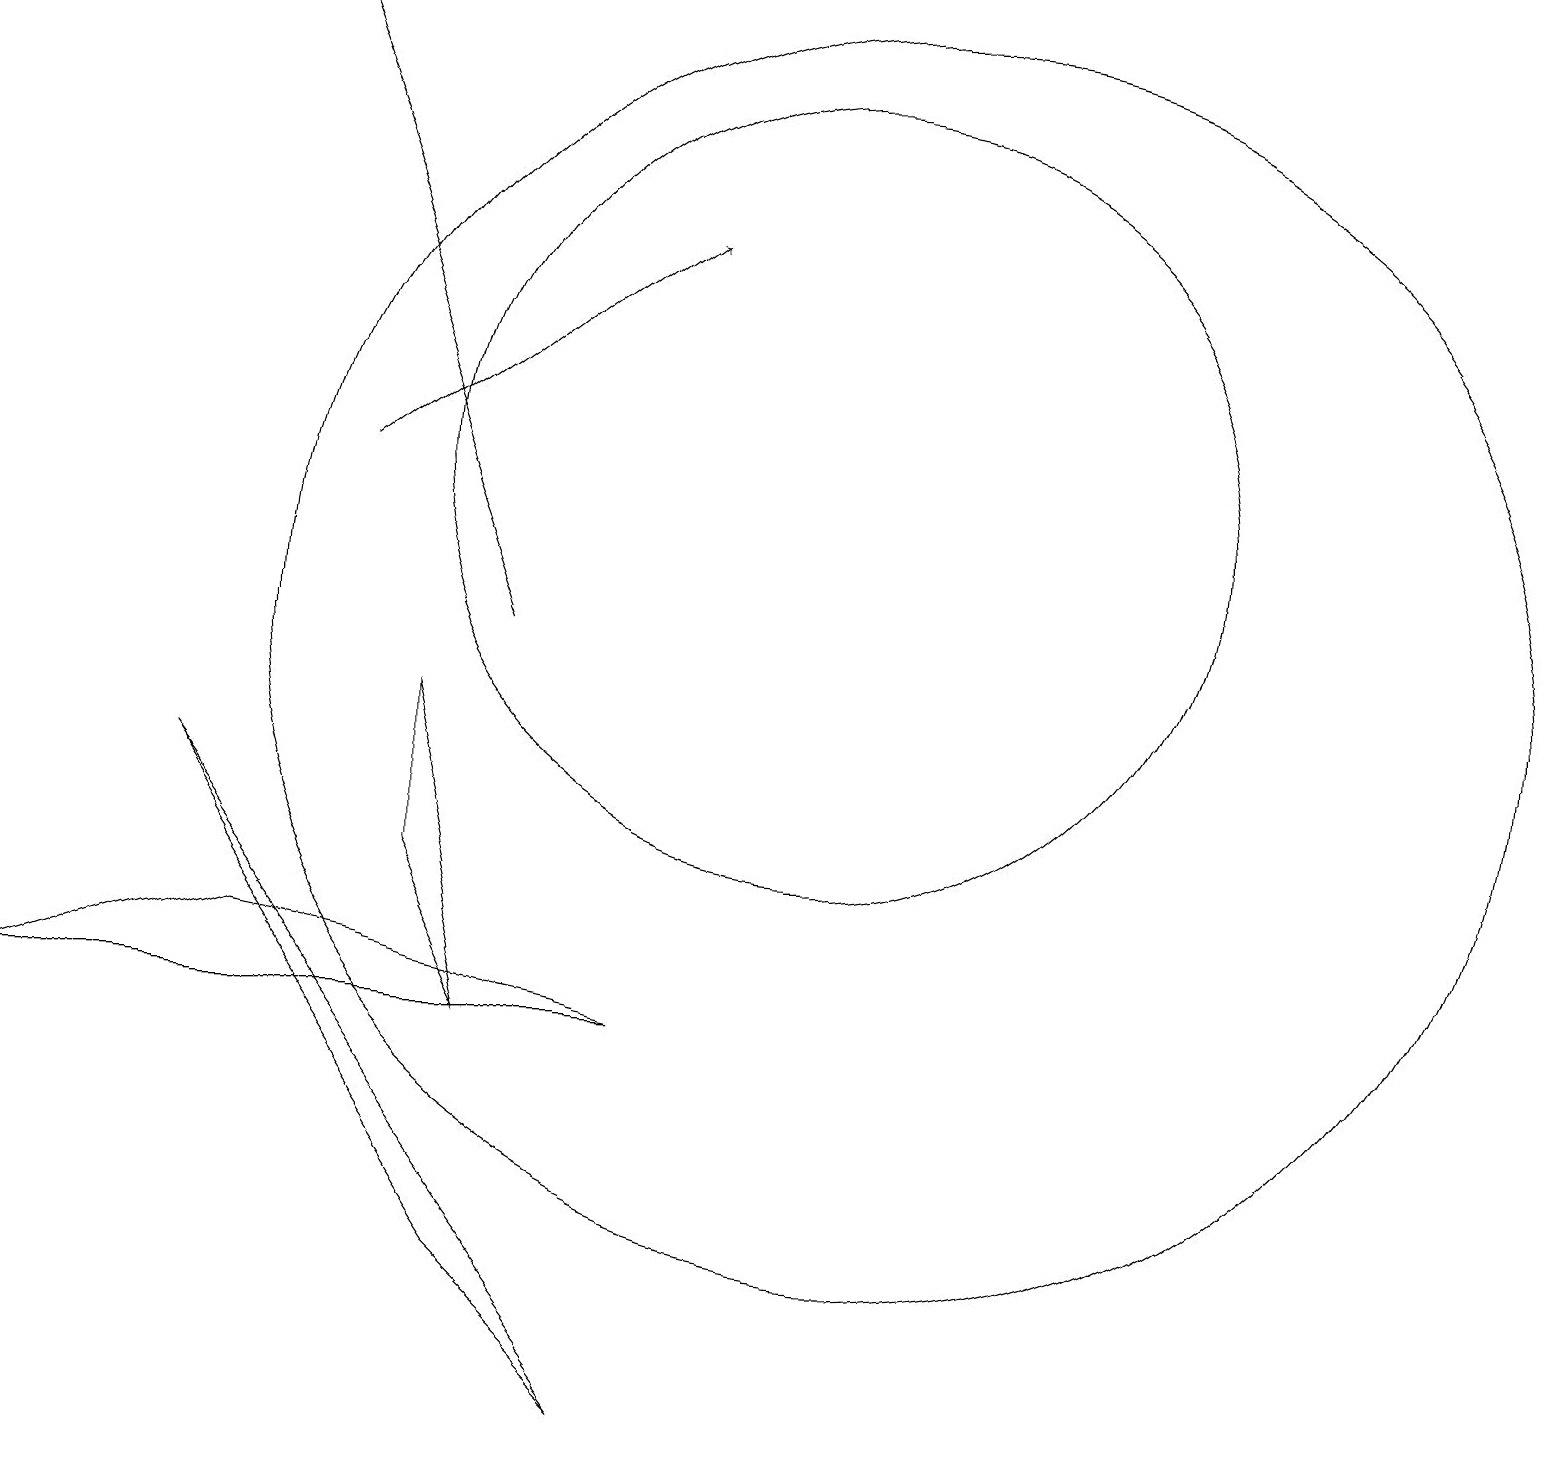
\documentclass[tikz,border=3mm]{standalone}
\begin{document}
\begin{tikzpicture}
\draw (2,8) -- (8,0) -- (6,2) -- cycle;
\draw (5,9) -- (6,5) -- (5,7) -- cycle;
\draw[->] (4,12) -- (8,15);
\draw[->] (6,10) -- (3,18);
\draw (3,6) -- (0,5) -- (8,5) -- cycle;
\draw (10,12) circle (5);
\draw (11,10) circle (8);
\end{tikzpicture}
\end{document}